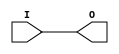
// $Header: /devl/xcs/repo/env/Databases/CAEInterfaces/verunilibs/s/BUF.v,v 1.8 2003/01/21 01:55:22 wloo Exp $

/*

FUNCTION	: BUFFER

*/

`timescale  100 ps / 10 ps


module BUF (O, I);

    output O;

    input  I;

	buf B1 (O, I);

    specify
	(I *> O) = (0, 0);
    endspecify

endmodule